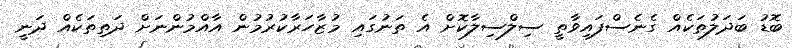
ބޮޑު ބަދަލުތަކެއް ގެނެސްފައިވާތީ ސިލްސިލާކޮށް އެ ތަނުގައި މުޒާހަރާކުރުމުން އާއްމުންނަށް ދަތިތަކެއް ދަނީ